Annual administration and progress report of the Indian Medical Department, Bombay
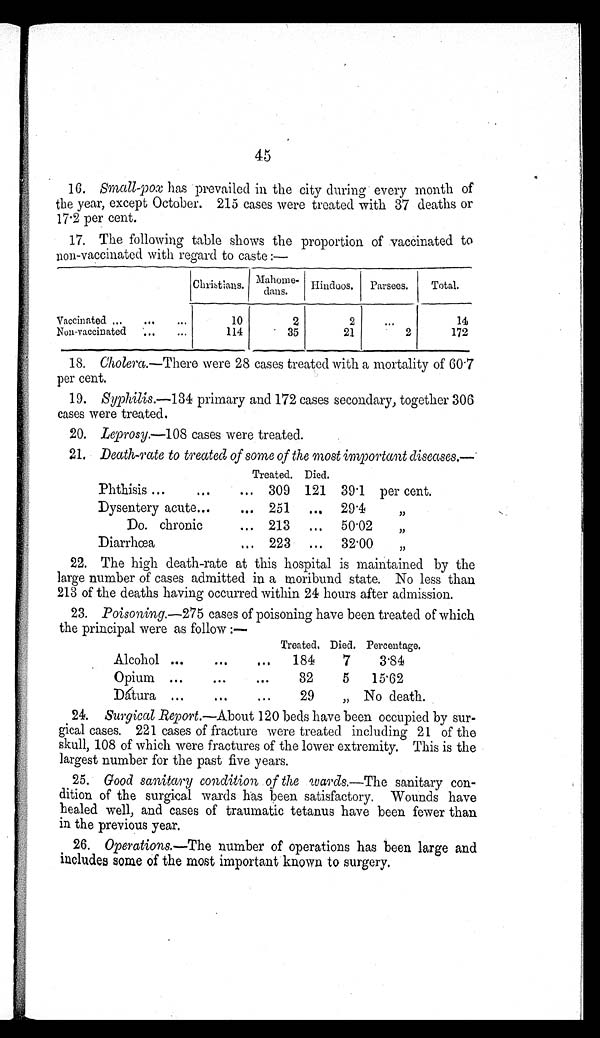
45
16. Small-pox has prevailed in the city during every month of
the year, except October. 215 cases were treated with 37 deaths or
17.2 per cent.
17. The following table shows the proportion of vaccinated to
non-vaccinated with regard to caste :—
Christians.
M a h o m e -
dans.
Hindoos.
Parsees.
Total.
Vaccinated . . .
10
2
2
. . .
1 4
Non-vaccinated . . .
114
35
21
2
172
18.
Cholera.—There were 28 cases treated with a mortality of 60.7
per cent.
19. Syphilis.—134 primary and 172 cases secondary, together 306
cases were treated.
20. Leprosy.—108 cases were treated.
21. Death-rate to treated of SOW of the most important diseases.—
Treated. Died.
Phthisis . . . 309 121 39.1 per cent.
Dysentery acute . . . 251
. . . 29.4
"
Do. chronic . . . 213
. . . 50.02
"
Diarrhœa . . . 223
. . . 32.00
"
22. The high death-rate at this hospital is maintained by the
large number of cases admitted in a moribund state. No less than
213 of the deaths having occurred within 24 hours after admission.
23. Poisoning.– 275 cases of poisoning have been treated of' which
the principal were as follow :—
Treated. Died. Percentage.
Alcohol . . .
184
7
3.84
Opium . . .
32
5
15.62
Dátura . . .
29
" No death.
24. Surgical Report.—About 120 beds have been occupied by sur-
gical cases. 221 cases of fracture were treated including 21 of the
skull, 108 of which were fractures of the lower extremity. This is the
largest number for the past five years.
25. Good sanitary condition of the wards. —The sanitary con-
dition of the surgical wards has been satisfactory. Wounds have
healed well, and cases of traumatic tetanus have been fewer than
in the previous year.
26. Operations.—The number of operations has been large and
includes some of the most important known to surgery.